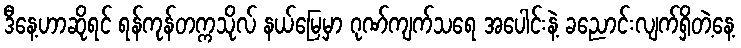
ဒီနေ့ဟာဆိုရင် ရန်ကုန်တက္ကသိုလ် နယ်မြေမှာ ဂုဏ်ကျက်သရေ အပေါင်းနဲ့ ခညောင်းလျက်ရှိတဲ့နေ့